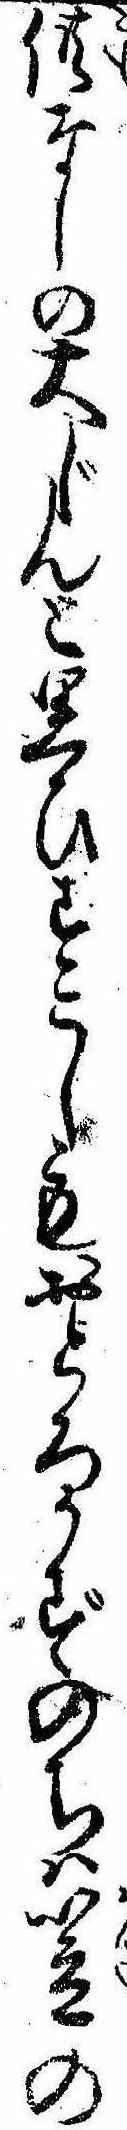
供なしの大じんと思ひすこしもおどろかずのちは笠の